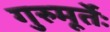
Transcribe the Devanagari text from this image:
गुरुमूर्तेः